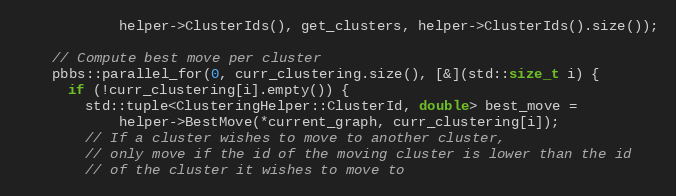
Language: C++
            helper->ClusterIds(), get_clusters, helper->ClusterIds().size());

    // Compute best move per cluster
    pbbs::parallel_for(0, curr_clustering.size(), [&](std::size_t i) {
      if (!curr_clustering[i].empty()) {
        std::tuple<ClusteringHelper::ClusterId, double> best_move =
            helper->BestMove(*current_graph, curr_clustering[i]);
        // If a cluster wishes to move to another cluster,
        // only move if the id of the moving cluster is lower than the id
        // of the cluster it wishes to move to